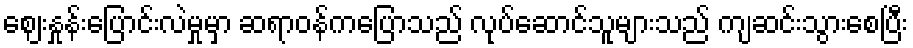
ဈေးနှုန်းပြောင်းလဲမှုမှာ ဆရာဝန်ကပြောသည် လုပ်ဆောင်သူများသည် ကျဆင်းသွားစေပြီး